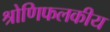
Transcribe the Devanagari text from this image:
श्रोणिफलकीय